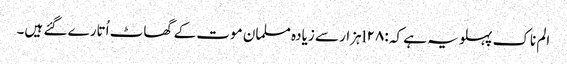
الم ناک پہلو یہ ہے کہ :l۲۸ہزار سے زیادہ مسلمان موت کے گھاٹ اُتارے گئے ہیں۔